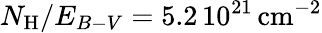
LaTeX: N_{\mathrm{H}}/E_{B-V}=5.2\, 10^{21}\, \mathrm{cm}^{-2}